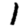
Digit: 1